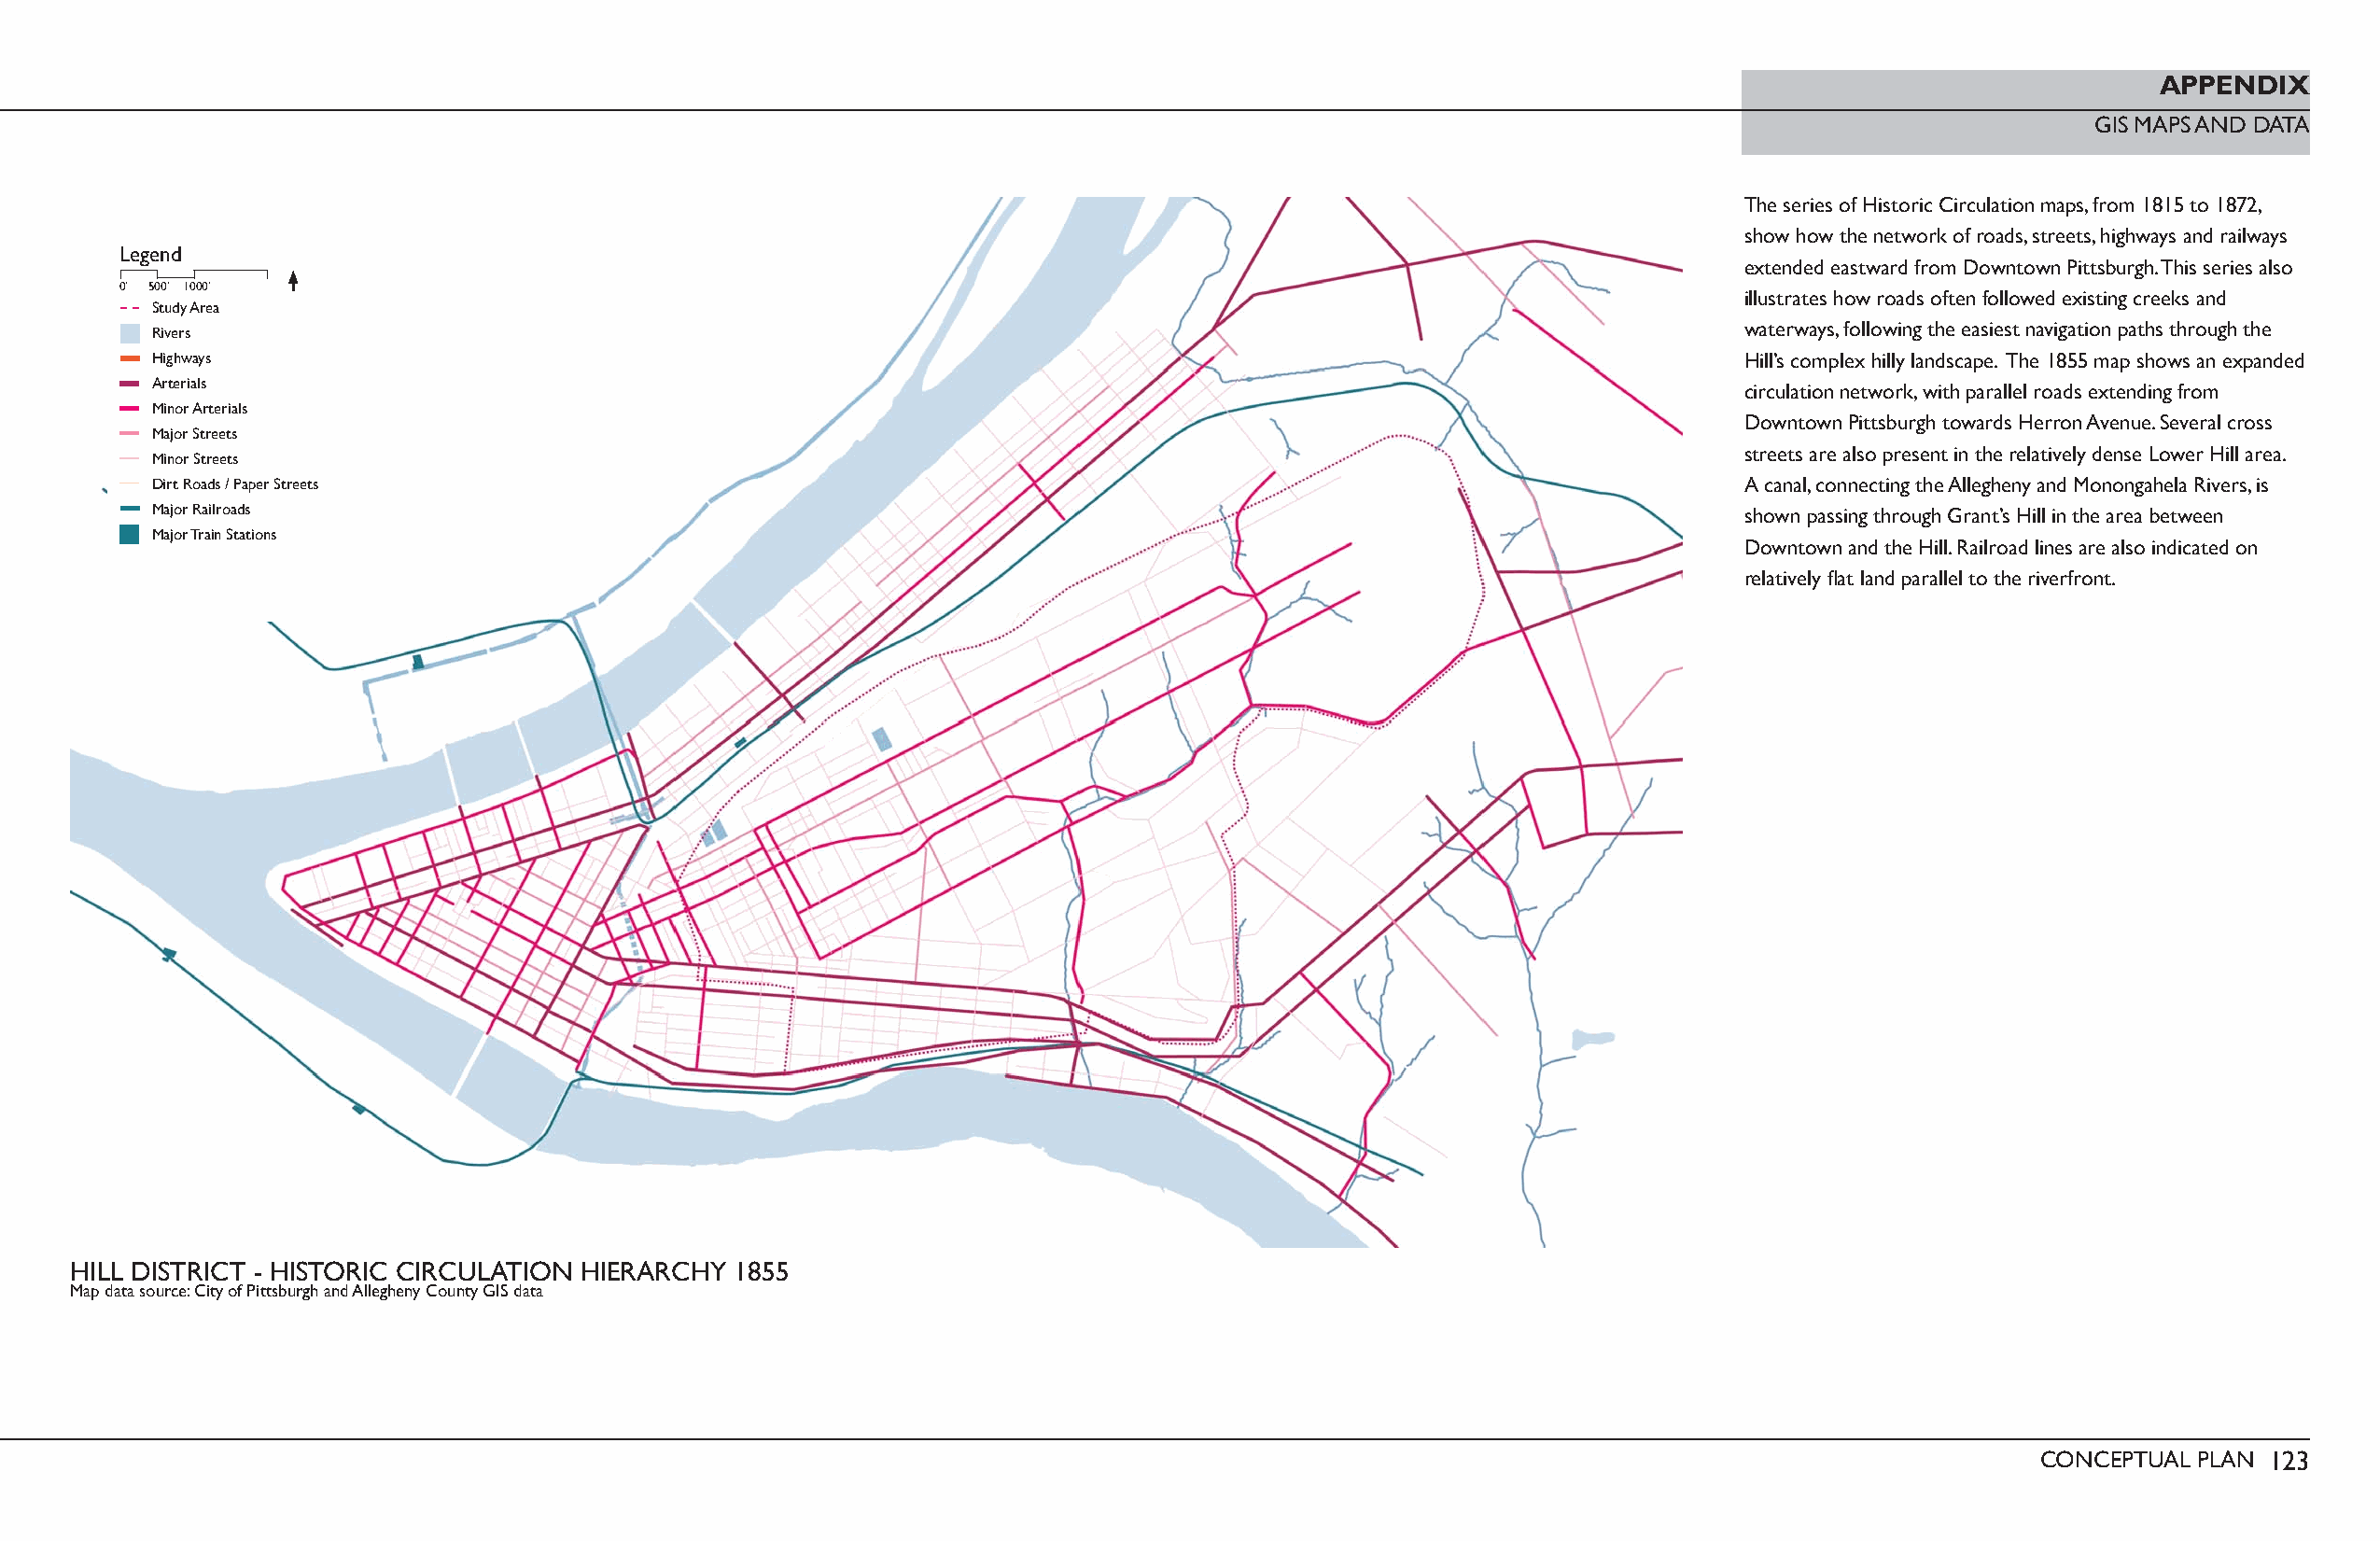
APPENDIX
 GIS MAPS AND DATA
 The series of Historic Circulation maps, from 1815 to 1872,
 show how the network of roads, streets, highways and railways
 Legend
 extended eastward from Downtown Pittsburgh. This series also
 0’ 500’ 1000’
 illustrates how roads often followed existing creeks and
 Study Area
 waterways, following the easiest navigation paths through the
 Rivers
 Highways                                                                                                         Hill’s complex hilly landscape. The 1855 map shows an expanded
 Arterials
 circulation network, with parallel roads extending from
 Minor Arterials
 Downtown Pittsburgh towards Herron Avenue. Several cross
 Major Streets
 streets are also present in the relatively dense Lower Hill area.
 Minor Streets
 Dirt Roads / Paper Streets                                                                                       A canal, connecting the Allegheny and Monongahela Rivers, is
 Major Railroads                                                                                                  shown passing through Grant’s Hill in the area between
 Major Train Stations
 Downtown and the Hill. Railroad lines are also indicated on
 relatively fl at land parallel to the riverfront.
 HILL DISTRICT - HISTORIC CIRCULATION HIERARCHY 1855
 Map data source: City of Pittsburgh and Allegheny County GIS data
 CONCEPTUAL PLAN 123